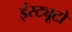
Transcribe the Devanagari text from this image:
इंस्ट्यूटो